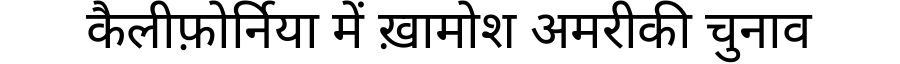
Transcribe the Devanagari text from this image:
कैलीफ़ोर्निया में ख़ामोश अमरीकी चुनाव